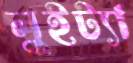
লুইট্যা